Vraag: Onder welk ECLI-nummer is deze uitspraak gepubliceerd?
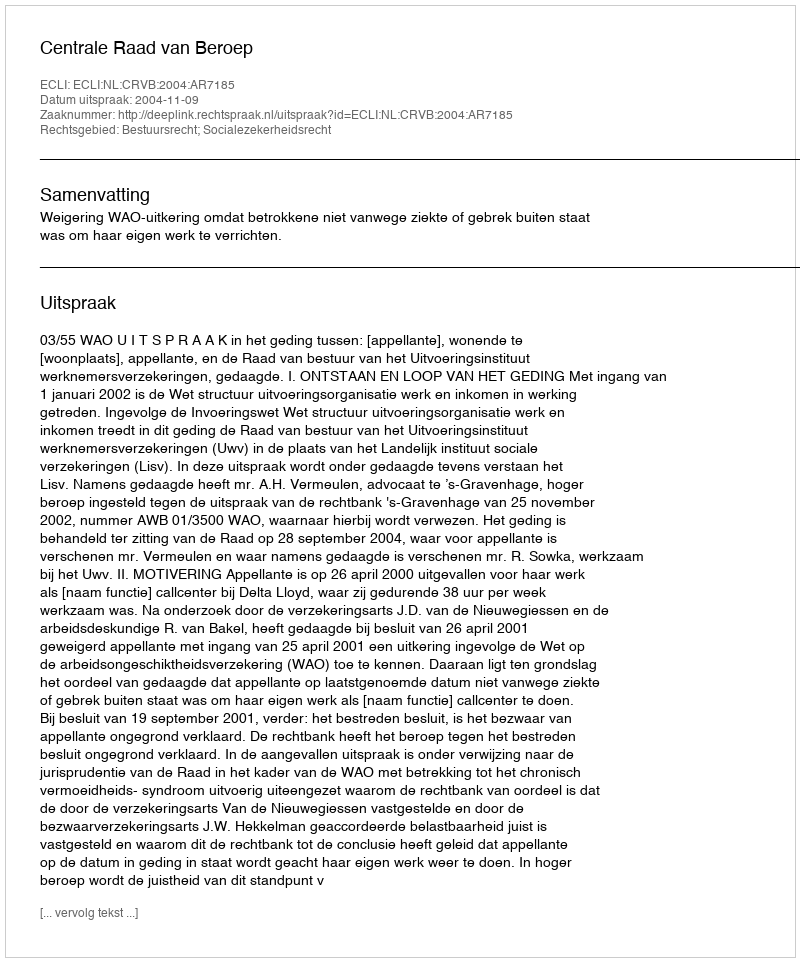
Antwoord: ECLI:NL:CRVB:2004:AR7185